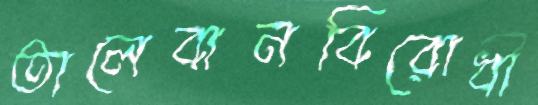
তালেবানবিরোধী